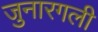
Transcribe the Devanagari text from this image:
जुनारगली